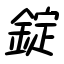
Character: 錠